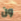
ون